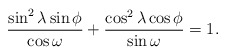
\begin{align*}\frac{\sin^2\lambda\sin\phi}{\cos\omega}+\frac{\cos^2\lambda\cos\phi}{\sin\omega}=1.\end{align*}